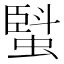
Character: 𧏆